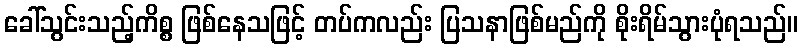
ခေါ်သွင်းသည့်ကိစ္စ ဖြစ်နေသဖြင့် တပ်ကလည်း ပြသနာဖြစ်မည်ကို စိုးရိမ်သွားပုံရသည်။